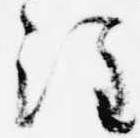
注